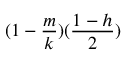
( 1 - \frac { m } { k } ) ( \frac { 1 - h } { 2 } )